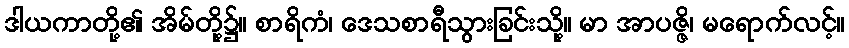
ဒါယကာတို့၏ အိမ်တို့၌။ စာရိကံ၊ ဒေသစာရီသွားခြင်းသို့။ မာ အာပဇ္ဇိ၊ မရောက်လင့်။